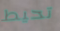
تحيط